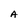
Character: A